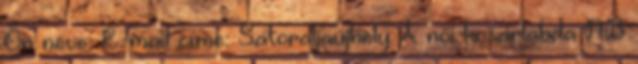
Ön neve: E-mail címe: Sátoraljaújhely A női kosárlabda NB